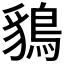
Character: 𪁰